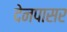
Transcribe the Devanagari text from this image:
देनपासर